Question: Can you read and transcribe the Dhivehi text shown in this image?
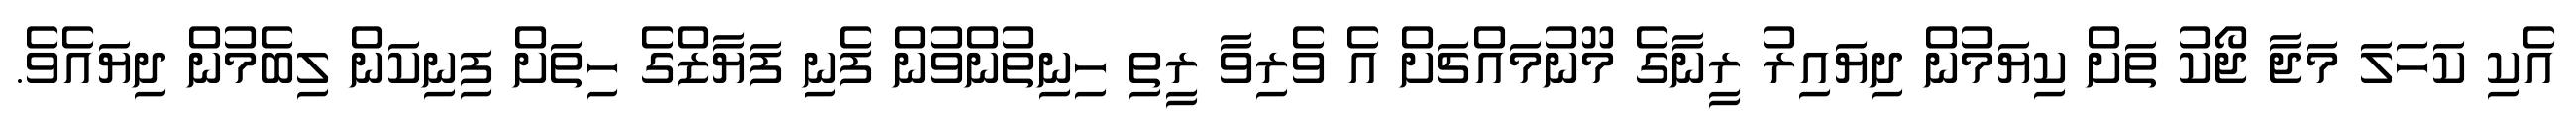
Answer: އެކި ކަހަލަ މަޖާ ޖޯކު ތަށް ކިޔަމުން ދިޔައިރު ރީނާގެ މޫނުމައްޗަށް އެ ވެރިވާ ރީތި ހިނިތުންވުން ފެނި ފަޔާޒްގެ ހިތަށް ފިނިކަން ލިބެމުން ދިޔައެވެ.